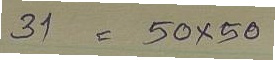
31 = 50x50